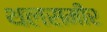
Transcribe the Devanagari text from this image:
थलसमीर